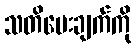
သတိပေးချက်ကို